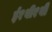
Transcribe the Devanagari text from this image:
ई१बी१बी